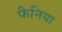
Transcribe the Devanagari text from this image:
फैनिया